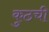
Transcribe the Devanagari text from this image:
कुठची